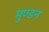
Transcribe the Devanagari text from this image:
मुण्डन